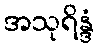
အသုရိန္ဒံ